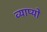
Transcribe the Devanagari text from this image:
व्याप्यो